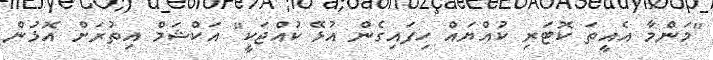
"މަންމާ އެއީތަ ކޮޓަރި ކުއްޔައް ހިފައިގެން އުޅޭ ކުއްޖަކީ" އަކްޝަމް އިތުރަށް އޮޅުން